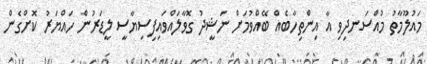
މައުލޫމާތު މުއްސަނދިވި އާ އިންތިހާބެއް ބޭއްވުމަށް ނަޝީދު ގޮވާލައްވައިފިސިޔާސީ ލީޑަރުން ހައްޔަރު ކޮށްގެން